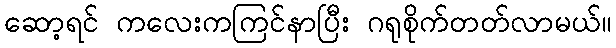
ဆော့ရင် ကလေးကကြင်နာပြီး ဂရုစိုက်တတ်လာမယ်။